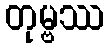
တုမ္ဗဿ